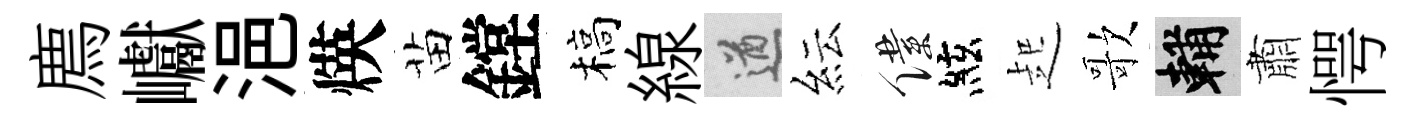
廌巘浥煐苗鏜槁線遒紜僕絃起歌輔肅愕